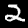
Label: 2